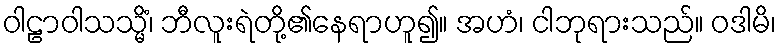
ဝါဠာဝါသသ္မိံ၊ ဘီလူးရဲတို့၏နေရာဟူ၍။ အဟံ၊ ငါဘုရားသည်။ ဝဒါမိ၊